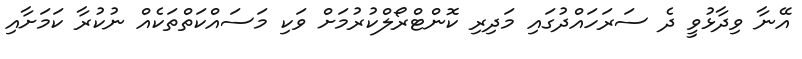
އޭނާ ވިދާޅުވީ ދެ ސަރަހައްދުގައި މަދިރި ކޮންޓްރޯލްކުރުމަށް ވަކި މަސައްކަތްތަކެއް ނުކުރާ ކަމަށާއި